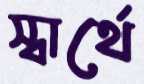
স্বার্থে